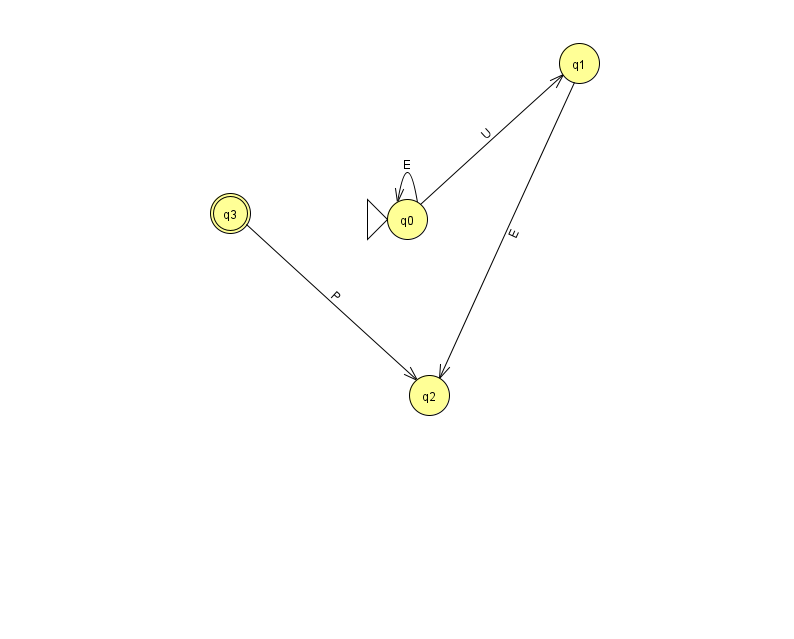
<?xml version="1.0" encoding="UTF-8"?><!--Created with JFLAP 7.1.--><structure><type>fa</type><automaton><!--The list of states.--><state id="0" name="q0"><x>407.0</x><y>206.0</y><initial/></state><state id="1" name="q1"><x>579.0</x><y>50.0</y></state><state id="2" name="q2"><x>429.0</x><y>382.0</y></state><state id="3" name="q3"><x>230.0</x><y>200.0</y><final/></state><!--The list of transitions.--><transition><from>0</from><to>0</to><read>E</read></transition><transition><from>3</from><to>2</to><read>P</read></transition><transition><from>0</from><to>1</to><read>U</read></transition><transition><from>1</from><to>2</to><read>E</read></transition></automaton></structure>